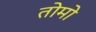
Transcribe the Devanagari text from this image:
तोमो